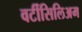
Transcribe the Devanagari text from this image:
वर्टीसिलिअम